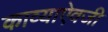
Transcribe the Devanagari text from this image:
काव्याऐवजी